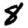
Digit: 8